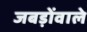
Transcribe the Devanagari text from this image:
जबड़ोंवाले